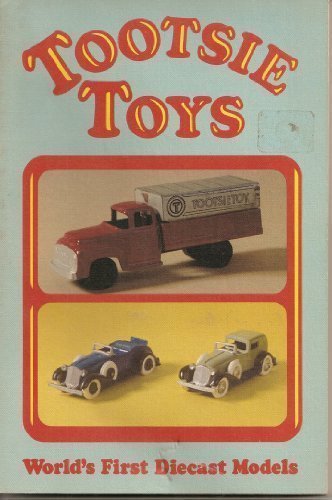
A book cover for Tootsie Toys: World's First Diecast Models (Tootsietoys) by James Wieland, Edward Force (1980) Paperback; Edward Force James Wieland; Crafts, Hobbies & Home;